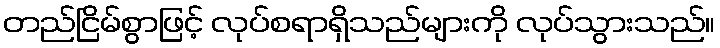
တည်ငြိမ်စွာဖြင့် လုပ်စရာရှိသည်များကို လုပ်သွားသည်။